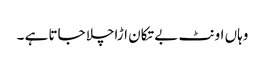
وہاں اونٹ بے تکان اڑاچلا جاتا ہے ۔